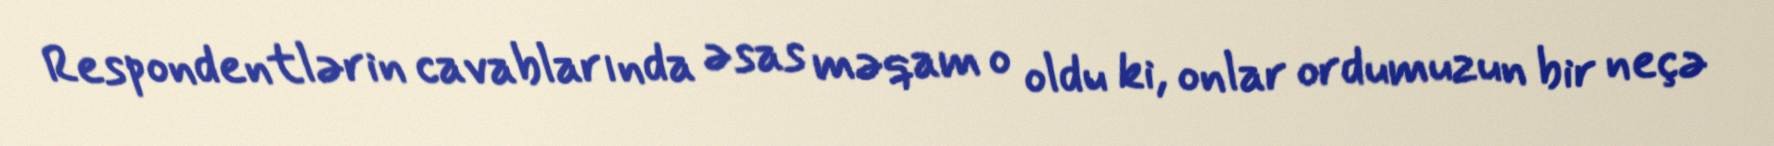
Respondentlərin cavablarında əsas məqam o oldu ki, onlar ordumuzun bir neçə